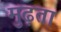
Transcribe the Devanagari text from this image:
मुढ़ता